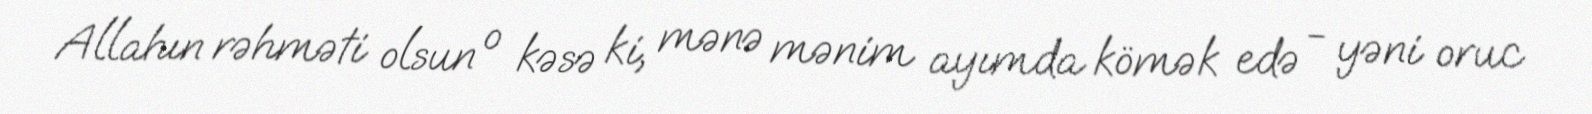
Allahın rəhməti olsun o kəsə ki, mənə mənim ayımda kömək edə - yəni oruc